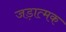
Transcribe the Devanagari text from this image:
जड़ात्मक